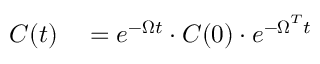
\begin{array} { r l } { \boldsymbol { C } ( t ) } & { { } = e ^ { - \boldsymbol { \Omega } t } \cdot \boldsymbol { C } ( 0 ) \cdot e ^ { - \boldsymbol { \Omega } ^ { T } t } } \end{array}